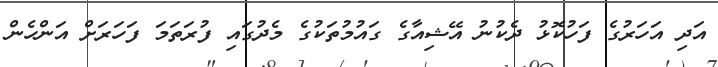
އަދި އަހަރުގެ ފަހުކޮޅު ދެކުނު އޭޝިއާގެ ގައުމުތަކުގެ މެދުގައި ފުރަތަމަ ފަހަރަށް އަންހެން